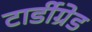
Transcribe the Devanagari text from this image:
टार्डीग्रेड